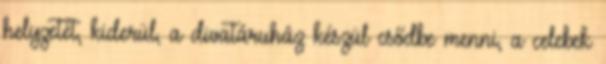
helyzetét, kiderül, a divatáruház készül csődbe menni, a celebek